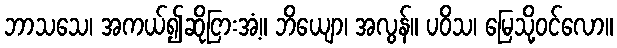
ဘာသသေ၊ အကယ်၍ဆိုငြားအံ့။ ဘိယျော၊ အလွန်။ ပဝိသ၊ မြေသို့ဝင်လော။